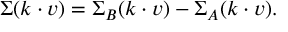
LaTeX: \Sigma ( k \cdot v ) = \Sigma _ { B } ( k \cdot v ) - \Sigma _ { A } ( k \cdot v ) .